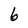
Character: 6